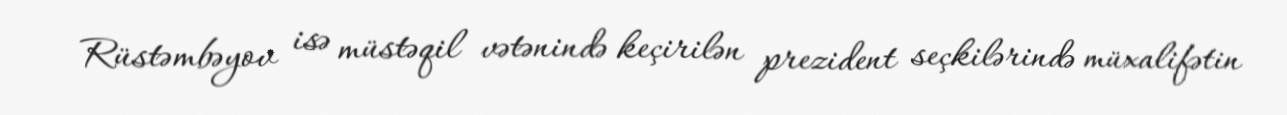
Rüstəmbəyov isə müstəqil vətənində keçirilən prezident seçkilərində müxalifətin